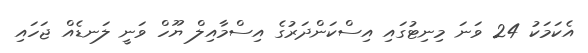
އެކަމަކު 24 ވަނަ މިނިޓުގައި އިސްކަންދަރުގެ އިސްމާއިލް ޔޫހް ވަނީ ލަނޑެއް ޖަހައި